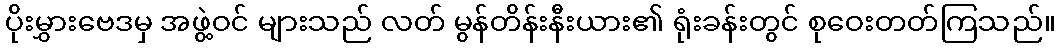
ပိုးမွှားဗေဒမှ အဖွဲ့ဝင် များသည် လတ် မွန်တိန်းနီးယား၏ ရုံးခန်းတွင် စုဝေးတတ်ကြသည်။